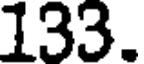
133.